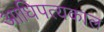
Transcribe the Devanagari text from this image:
आधिपत्यकाल